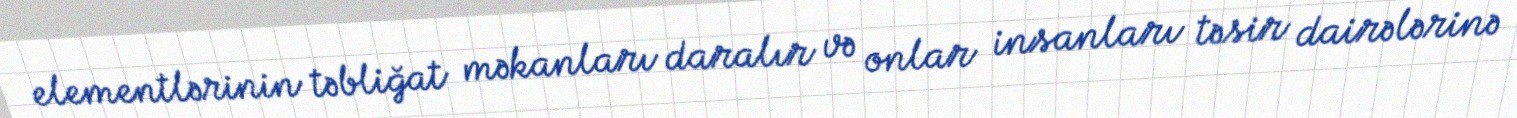
elementlərinin təbliğat məkanları daralır və onlar insanları təsir dairələrinə